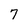
Character: 7